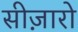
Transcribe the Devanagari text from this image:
सीज़ारो